Lyperosia minuta, Bezzi - Number 59
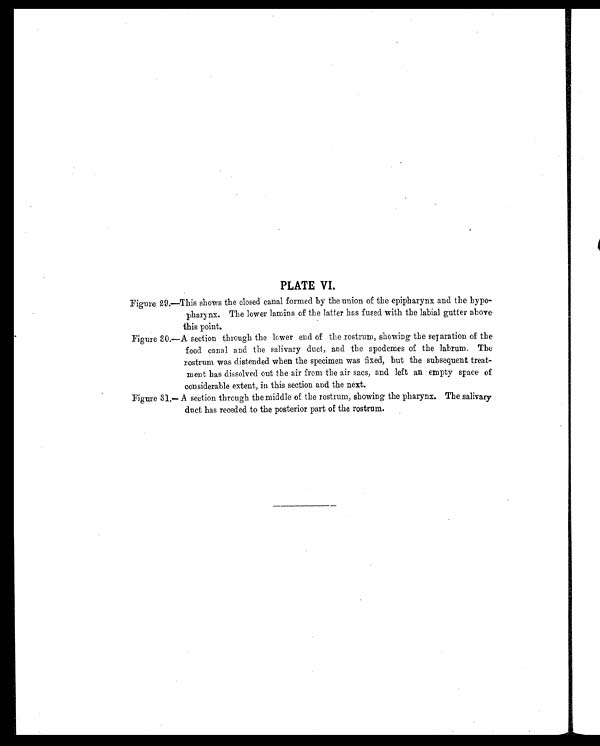
PLATE VI.
Figure 29.—This shows the closed canal formed by the union of the epipharynx and the hypo-
pharynx. The lower lamina of the latter has fused with the labial gutter above
this point.
Figure 30.—A section through the lower end of the rostrum, showing the separation of the
food canal and the salivary duct, and the apodemes of the labrum. The
rostrum was distended when the specimen was fixed, but the subsequent treat-
ment has dissolved out the air from the air sacs, and left an empty space of
considerable extent, in this section and the next.
Figure 31.—A section through the middle of the rostrum, showing the pharynx. The salivary
duct has receded to the posterior part of the rostrum.